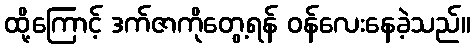
ထို့ကြောင့် ဒက်ဇာကိုတွေ့ရန် ဝန်လေးနေခဲ့သည်။